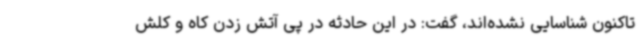
تاکنون شناسایی نشده‌اند، گفت: در این حادثه در پی آتش زدن کاه و کلش